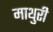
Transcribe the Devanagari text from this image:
माथुरी